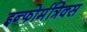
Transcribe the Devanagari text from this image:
इन्फोर्मत्रिक्स